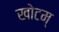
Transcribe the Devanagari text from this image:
खोटम्